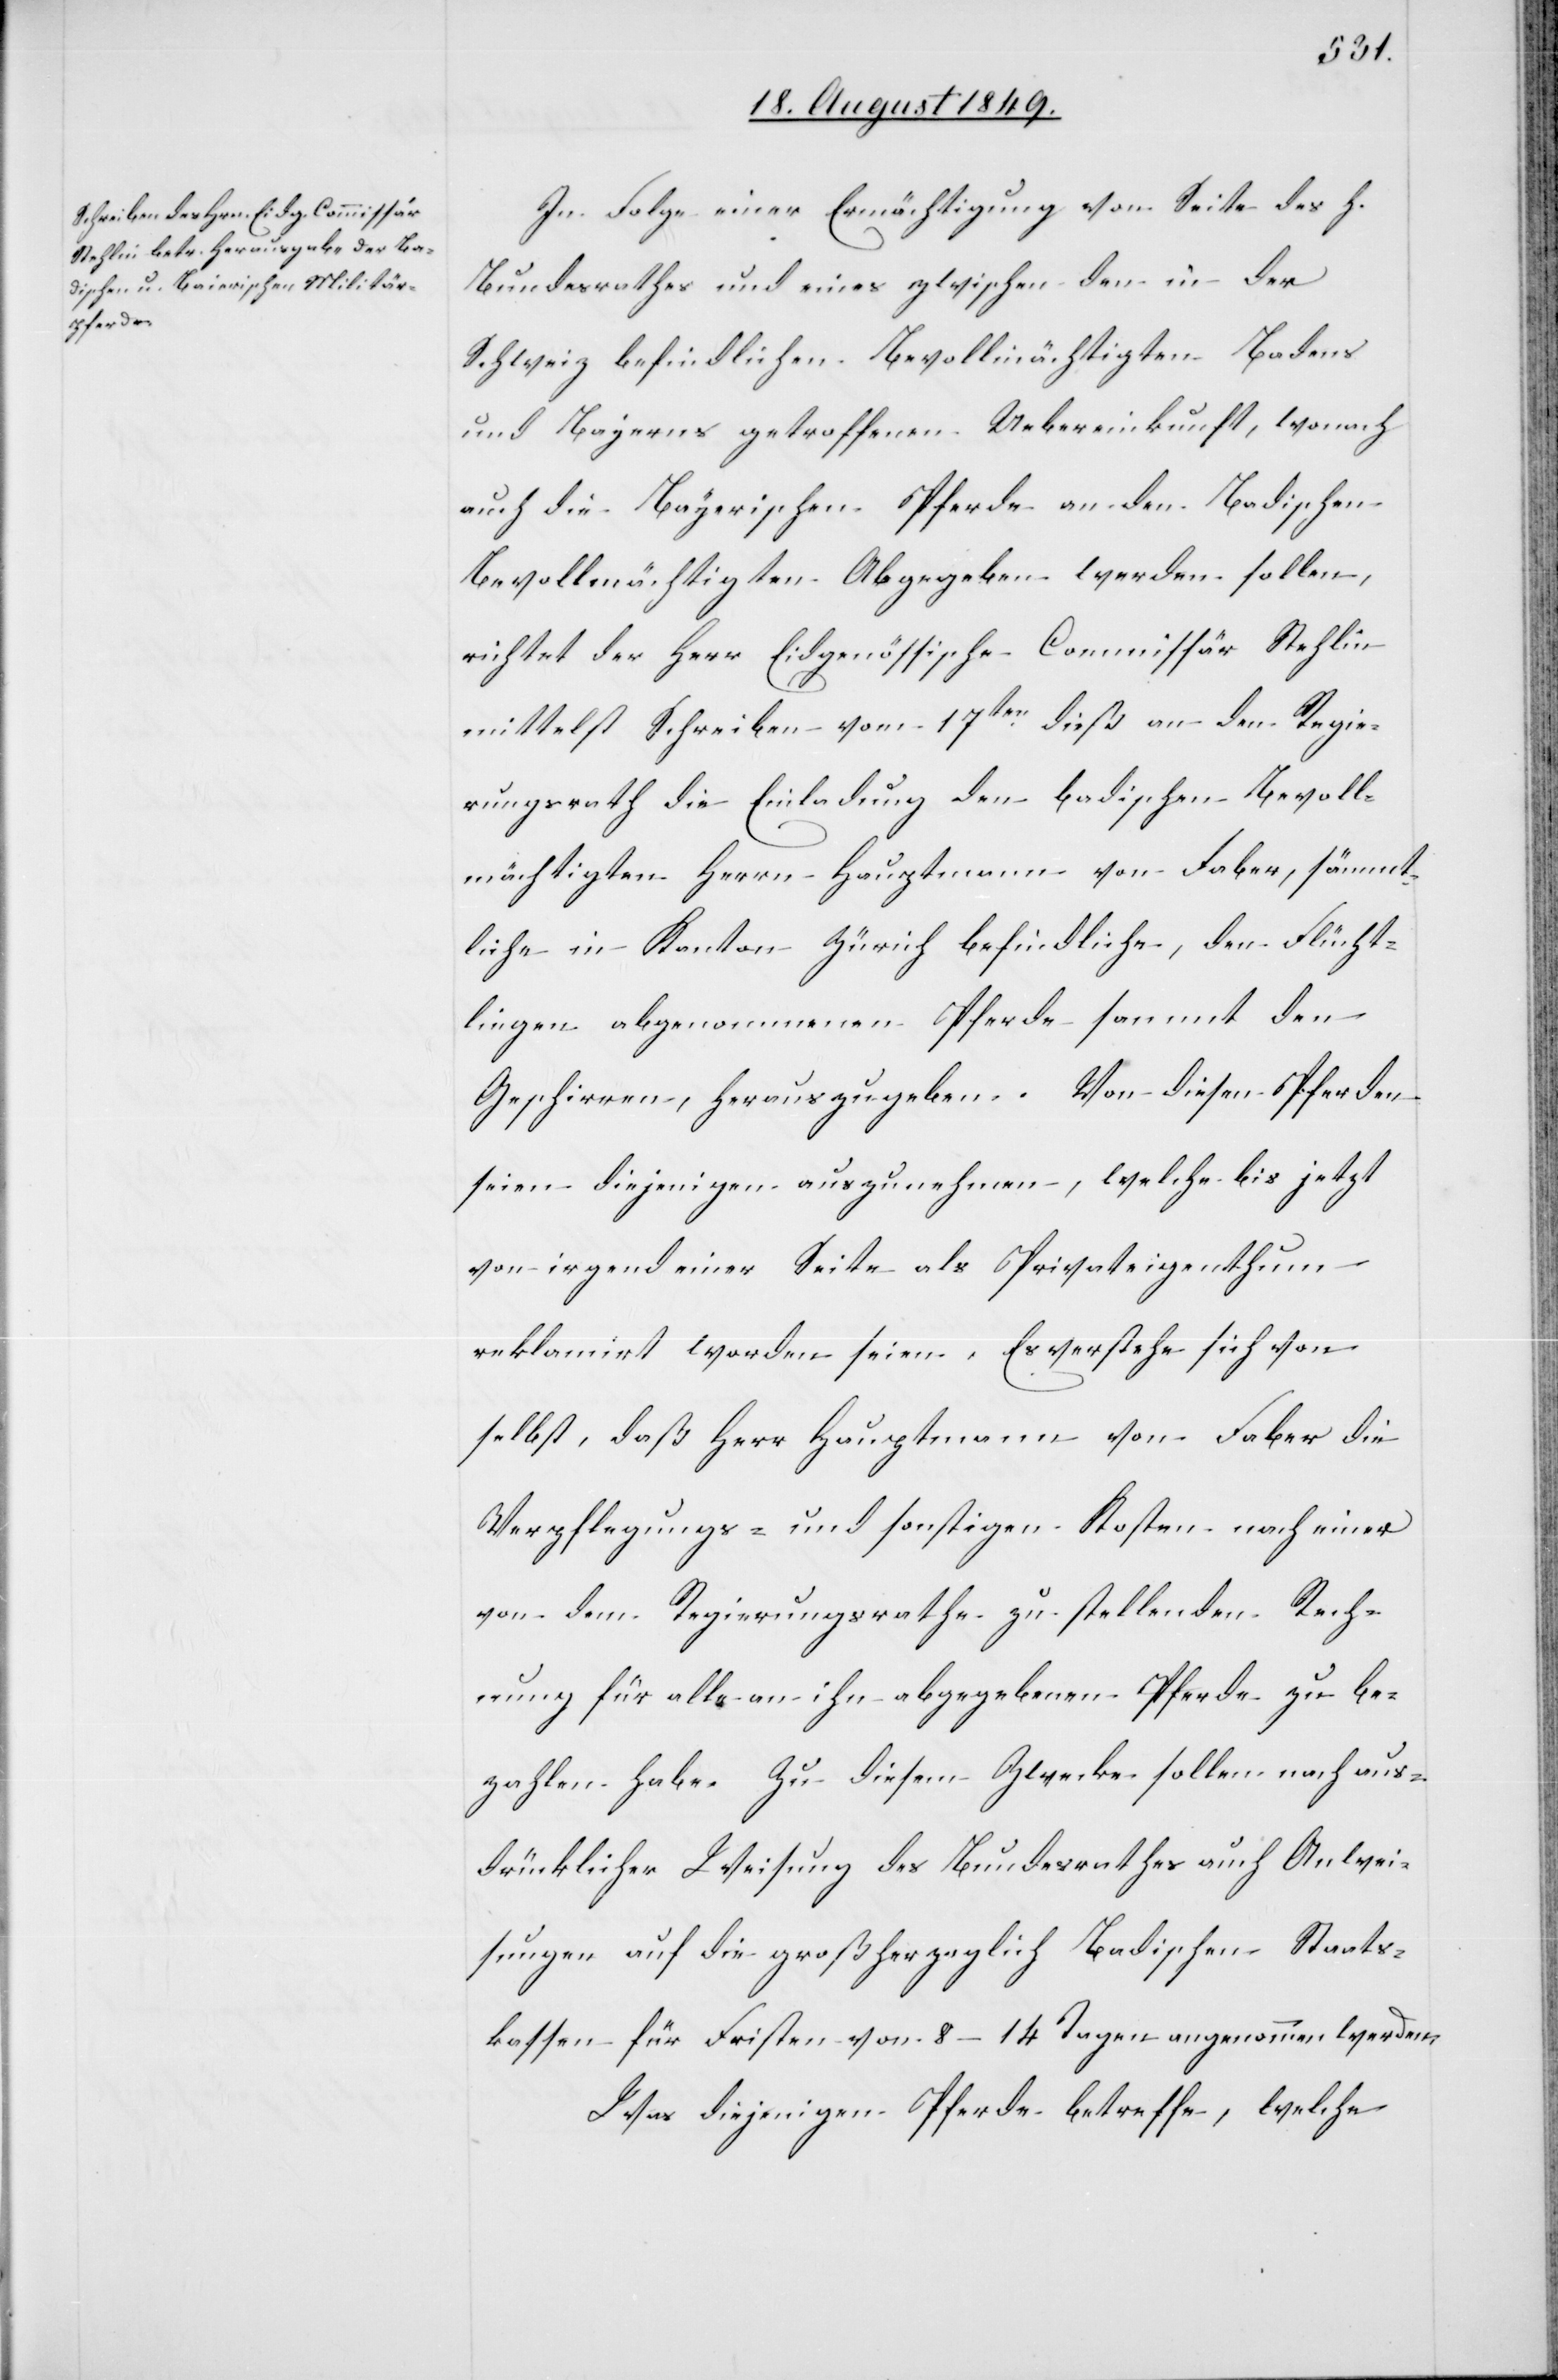
In Folge einer Ermächtigung von Seite des h.
Bundesrathes und eines zwischen den in der
Schweiz befindlichen Bevollmächtigten Badens
und Bayerns getroffenen Uebereinkunft, wonach
auch die Bayerischen Pferde an den Badischen
Bevollmächtigten Abgegeben werden sollen,
richtet der Herr Eidgenössische Commissär Stehlin
mittelst Schreiben vom 17ten dieß an den Regie¬
rungsrath die Einladung den badischen Bevoll¬
mächtigten Herrn Hauptmann von Faber, sämmt¬
liche in Kanton Zürich befindliche, den Flücht¬
lingen abgenommenen Pferde sammt den
Geschirren, herauszugeben. Von diesen Pferden
seien diejenigen auszunehmen, welche bis jetzt
von irgendeiner Seite als Privateigenthum
reklamirt worden seien. Es verstehe sich von
selbst, daß Herr Hauptmann von Faber die
Verpflegungs- und sonstigen Kosten nach einer
von dem Regierungsrathe zu stellenden Rech¬
nung für alle an ihn abgegebenen Pferde zu be¬
zahlen habe. Zu diesem Zwecke sollen nach aus¬
drücklicher Weisung des Bundesrathes auch Anwei¬
sungen auf die großherzoglich Badischen Staats¬
kassen für Fristen von 8–14 Tagen angenommen werden
Was diejenigen Pferde betreffe, welche